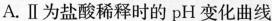
A.Ⅱ为盐酸稀释时的pH变化曲线